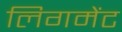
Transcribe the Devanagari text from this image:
लिगमेंट